system: You are a helpful assistant.
user:
Analyze the provided spectrum to determine if it is a **S-type Star**.

- **Key Indicators for S-type Star:**

    - **(Overall Spectrum Shape):** The first and most obvious characteristic is the overall continuum (the "baseline" shape). It is **extremely "red-sloping,"** meaning the flux (light intensity) is very low on the left side (blue, ~4000-4500 Å) and rises steeply and continuously toward the right side (red, ~7000 Å+).

    - **(Primary):** The spectrum is defined by the presence of strong, broad molecular absorption "valleys" (bands) from **Zirconium Oxide (ZrO)**. The identification of these bands is the **primary requirement** for classifying a star as S-type.
        - **(Key Bandheads):** You must find distinct, deep "dips" where the light has been absorbed. The most critical band systems to locate are:
            - **~6474 Å** ($\gamma$-system): This is often the strongest and clearest ZrO feature, found in the red part of the spectrum.
            - **~5718 Å** & **~5551 Å** ($\beta$-system): A pair of prominent absorption features in the yellow-orange part of the spectrum.
            - **~4640 Å** ($\alpha$-system): A key absorption band system in the blue-green region of the spectrum.

    - **(Secondary Confirmation):** The classification is strengthened by finding additional absorption bands from other related heavy element oxides, which are expected to be present alongside ZrO.
        - **(Key Bandheads):**
            - **Yttrium Oxide (YO):** Look for absorption dips near **~4800 Å** and **~6100 Å**.
            - **Lanthanum Oxide (LaO):** Additional absorption features, particularly in the red-orange part of the spectrum, are also characteristic.

    - **(Line Profile):** The combination of the steep red continuum and these numerous, deep molecular bands (ZrO, YO, etc.) gives the entire spectrum a very **"chopped-up"** or **"bumpy"** appearance. Instead of a smooth curve, the spectrum looks as though large, wide chunks of light have been "carved out" of it at the specific wavelengths listed above.

Think first, call **spectral_visualization_tool** if needed to examine features in detail, then provide your final answer. Your response must adhere to the following strict rules:
1.  **Overall Structure:** Your response must follow the format `<think>...</think> <tool_call>...</tool_call> (if a tool is used) <answer>...</answer>`.
2.  **Tool Usage Constraint:** You may only make **one** tool call per turn.
3.  **Final Answer Format:** In the `<answer>` tag, your conclusion must be inside a `\boxed{}` command (e.g., `\boxed{YES}` or `\boxed{NO}`), followed by your justification.

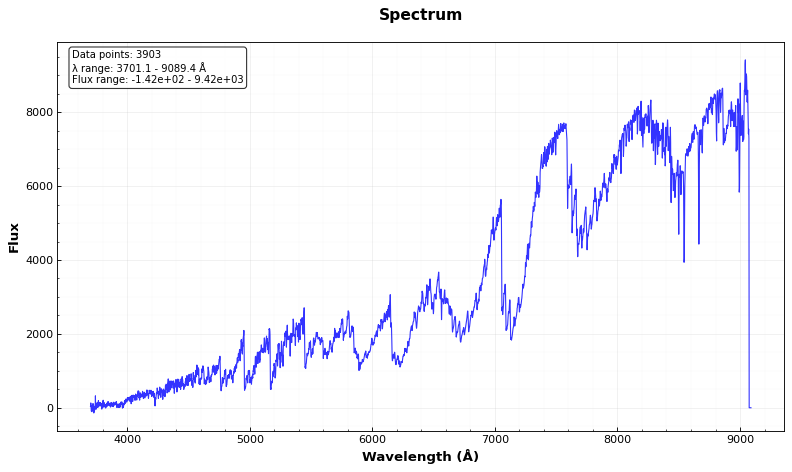
Answer: YES